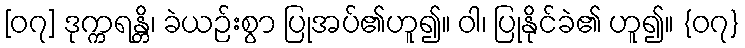
[၀၇] ဒုက္ကရန္တိ၊ ခဲယဉ်းစွာ ပြုအပ်၏ဟူ၍။ ဝါ၊ ပြုနိုင်ခဲ၏ ဟူ၍။ {၀၇}